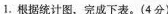
1.根据统计图，完成下表。(4分)